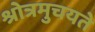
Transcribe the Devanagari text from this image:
श्रोत्रमुचयते